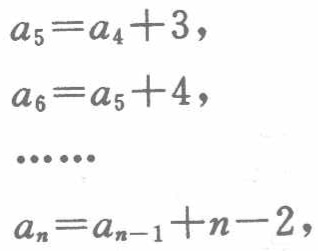
\[
\begin{align*}
a_{5}&=a_{4}+3,\\
a_{6}&=a_{5}+4,\\
&\cdots\cdots\\
a_{n}&=a_{n - 1}+n - 2,
\end{align*}
\]